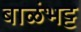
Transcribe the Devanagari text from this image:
बाळंभट्ट